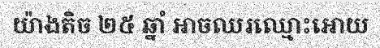
យ៉ាងតិច ២៥ ឆ្នាំ អាចឈរឈ្មោះអោយ